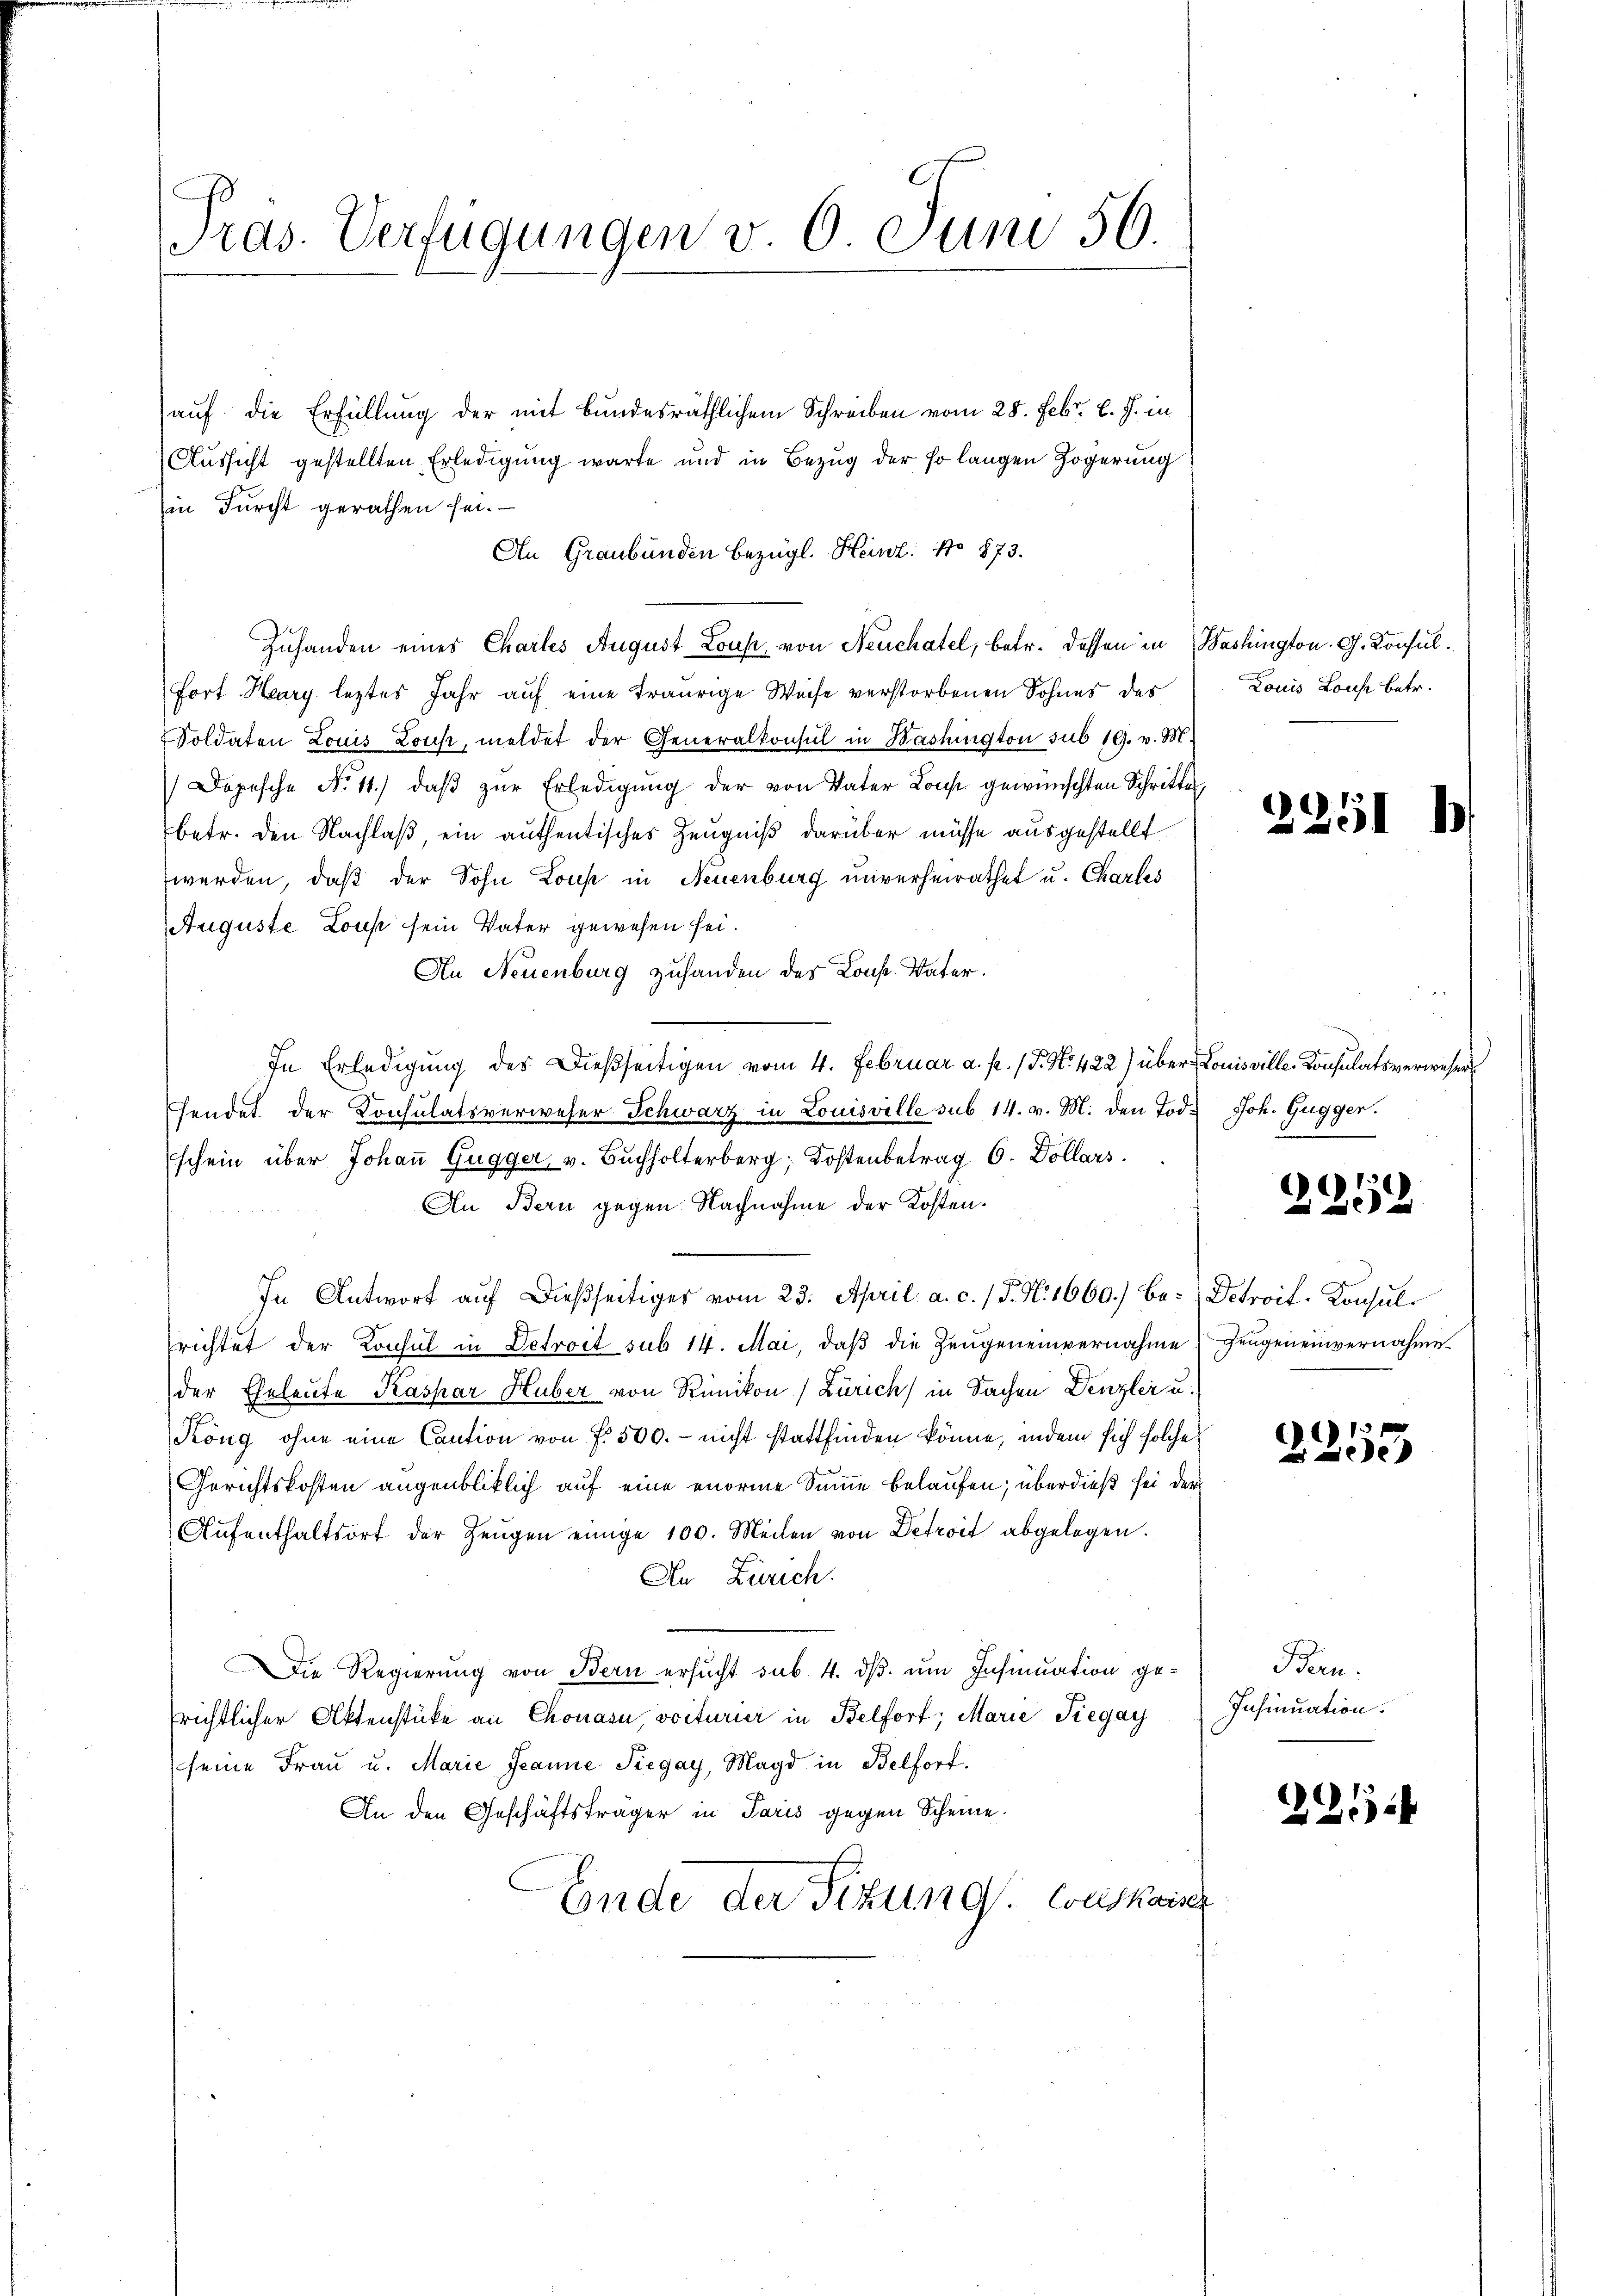
ras. Verfügungen v 0 Juni 56.

auf. Die Erfüllung der mit bundesräthlichem Schreiben vom 28. Febr. l. J. in
Aussicht gestellten Erledigung warte und in Bezug der so langen Zögerung
in Furcht gerathen sei.
An Graubünden bezügl. Heint: No 873.
Zuhanden eines Chartes August Lous, von Neuchatel, betr. dessen in Washington G. Konsul¬
Fort-Harry leztes Jahr auf eine traurige Weise verstorbenen Sohnes des
oldaten Louis Lous, meldet der Generalkonsul in Washington sub 19. v. M.
Dopesche No 11. daβ zŭr Erledigŭng der von Vater Konst gewünschten Schritten
betr. den Nachlaß, ein authentisches Zeugniß darüber müsse ausgestellt
werden, daß der Sohn Loup in Neuenburg unverheirathet u. Charles
Auguste Lous sein Vater gewesen sei.
An Neuenburg zuhanden des Const. Vater.
In Erledigung des Dießseitigen vom 4. Februar a. p. (T. N. 422) über Louisville-Konsulatsverwesen
sendet der Konsulatsverweser Schwarz in Louisville sub 14. v. M. den Tod. Joh. Gugger.
schein über Johaṅ Gugger v. Bŭchholterberg, Kostenbetrag 6. Dollars
An Bern gegen Nachnahme der Kosten.
In Antwort auf dießseitiges vom 23. April a. c. (T. N. 1660. Be-Detroit-Konsulrichtet der Konsul in Detroit sub 14. Mai, daß die Zeugeneinvernahme
der Eheleute Kaspar Huber von Rümikon) Zürich) in Sachen Denzlei u.
Köng ohne eine Caution von f. 500. - nicht stattfinden könne, indem sich solche
Gerichtskosten augenblicklich auf eine enorme Summe belaufen; überdieß sei der
Aŭfenthaltsort der Zeŭgen einige 100. Meilen von Defroit abgelegen.
An Zürich.
Die Regierung von Bern ersucht sub. 4. dβ. um Insinuation gerichtlicher Aktenstücke an Chonas, voiturier in Belfort, Marie Tiegay
(seine Frau u. Marie Jeanne Siegay, Magd in Belforf.
An den Geschäftsträger in Paris gegen Scheine.
Ende der Sizung Conskan

Louis Lous betr.

)
251

2254

Zeugeneinvernahme.

Bern.
Insinuation.

.

61
 ede

2254